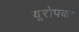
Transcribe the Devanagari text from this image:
यूरोपका